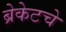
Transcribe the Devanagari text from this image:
ब्रेकेटचे